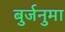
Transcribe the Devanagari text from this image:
बुर्जनुमा